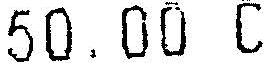
50.00 C